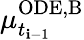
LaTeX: \mu_{t_{\mathbf{i}-1}}^{\mathrm{{ODE,B}}}